Newspaper: Cincinnati daily press. [volume]
Place of publication: Cincinnati [Ohio]
Publisher: Henry Reed & Co.
Date: 1860-09-18 00:00:00
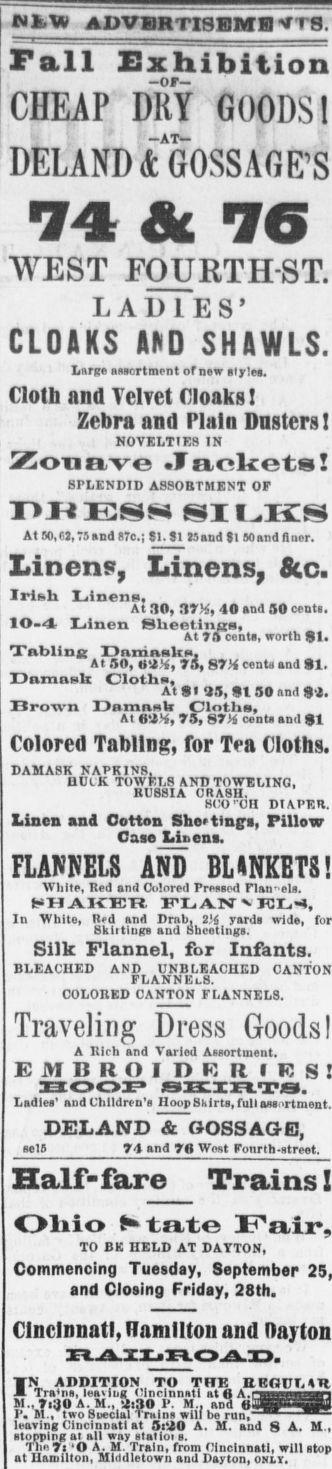
Advertisement text (OCR):
NEW ADVERTISEMENTS. Fall Exhibition -OF CHEAP DRY GOODS! -AT- DELANMGOSSAGE'S sSl tj WEST FOURTH-ST. LADIES' CLOAKS AMD SHAWLS. Large aniortmpnt of new Bfylet. Cloth and Velvet Cloaks! Zebra and Plain Dusters ! NOVELTIES IN Zounve .Tnolfots! SPLENDID ASSORTMENT OF TJN ESS SI tIS At 50,M,T9and7o.; 81. SI Hand fl 50 and B nor. Linens. Linens. 8cc. Irish Iinenn, At no, HTM, 40 and SO cents. 10-4 Linen Sbeetinsn, At J ft cents, worth $1. Tnblintc IlaniBslis, At SO, O-i, 75, 87 X cents and 91. Damask Cloth, Atff 39, Ut SO and 9 i. Brown Damask Cloths, At ti-iX, 73, HI cents and St Colored Tabling, for Tea Cloths. DAMASK KAPK1NR, HULK TOWELS AND TOWELING, RUSSIA CRASH. SCO ''OH DIAPER. Linen and Cotton Sheeting's, Pillow Case Iiaena. FLANNELS AND BMNKETS! White, Red and Colored Pressed Flannels. HHAKER FLAN ICI-, In White, K'i and Drnb. 2'i yards wide, Sklitiugs and Sheetings. Silk Flannel, for Infants. BLEACHED AND UNBLEACHED FLANNElS. COLORED CANTON FLANNELS. Traveling Dress Goods I A IMcta and Varied Assortment. HOOP SKiriTS. Ladies' and Children's DEL AND & CJ OSS AGE, sets 74 and 79 Wont "onrth -street. Half-fare Trains I Oliio Klfito TO BE HELD AT DATTON, Commencing Tuesday, September and Closing Friday, 28th. Cincinnati. Hamilton and IN ADDITION TO THE B ROUT. All Trains, leaving t'incinnatl at 6 M.,Ti30A. M., -2,30 P. M.. and 0-ii V. M., two Soeclal Trnins will be run,r leaving Cincinnati at Si;0 A. M. aud 8 A. M., stopping at all way statioi s. Tim Ti O A. M Train, from Cincinnati, will at Hamilton, Middletown and Dayton, onlt.
Label: text-only